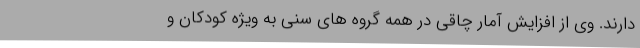
دارند. وی از افزایش آمار چاقی در همه گروه های سنی به ویژه کودکان و